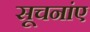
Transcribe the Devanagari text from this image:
सूचनांए